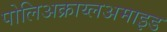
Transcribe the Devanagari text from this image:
पोलिअक्राय्लअमाइड